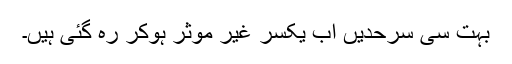
بہت سی سرحدیں اب یکسر غیر مؤثر ہوکر رہ گئی ہیں۔